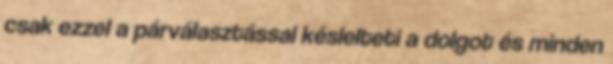
csak ezzel a párválasztással késlelteti a dolgot és minden